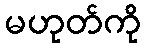
မဟုတ်ကို